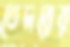
তেদরের